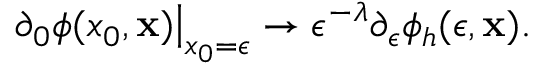
\left. \partial _ { 0 } \phi ( x _ { 0 } , { \bf x } ) \right| _ { x _ { 0 } = \epsilon } \to \epsilon ^ { - \lambda } \partial _ { \epsilon } \phi _ { h } ( \epsilon , { \bf x } ) .